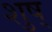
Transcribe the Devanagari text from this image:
शुष्